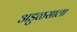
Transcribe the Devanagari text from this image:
अडुळसाला